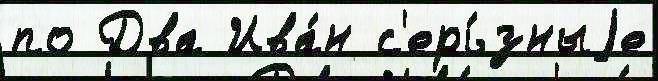
по Два Ива́н с'ерь́зныjе